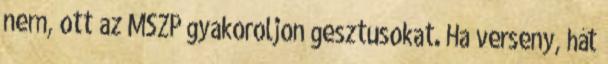
nem, ott az MSZP gyakoroljon gesztusokat. Ha verseny, hát